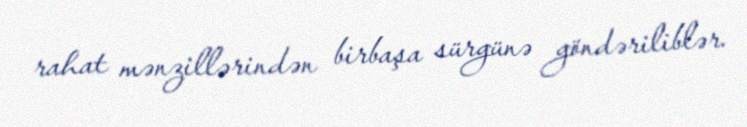
rahat mənzillərindən birbaşa sürgünə göndəriliblər.